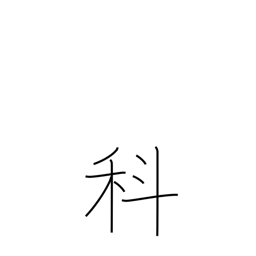
Meaning: section